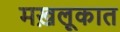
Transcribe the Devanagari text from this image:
मख़लूकात